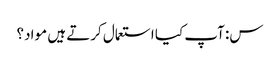
س: آپ کیا استعمال کرتے ہیں مواد؟